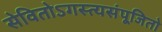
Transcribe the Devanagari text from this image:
सेवितोऽगस्त्यसंपूजितो